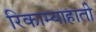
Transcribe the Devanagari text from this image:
रिकाम्याहाती